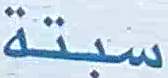
سبتة